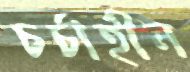
চর্চাহীন